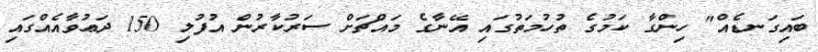
ބައިގަނޑެއް" ހިންގާ ކަމުގެ ތުހުމަތުގައި އޭނާގެ މައްޗަށް ސަރުކާރުން އުފުލި 150 ދަޢުވާއެއްގައި